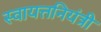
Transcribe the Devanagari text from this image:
स्वायत्तनियंत्री